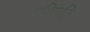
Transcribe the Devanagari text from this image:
परिगति